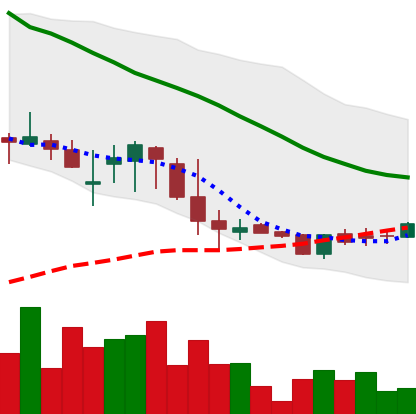
Ticker: DOGE-USD
Chart end date: 2018-06-02
Forward return: 4.89%
Label: up_3_5